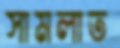
সামলাত